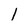
Character: l